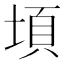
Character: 𭎸